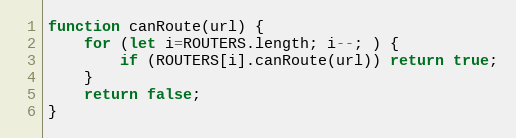
Language: JavaScript
function canRoute(url) {
	for (let i=ROUTERS.length; i--; ) {
		if (ROUTERS[i].canRoute(url)) return true;
	}
	return false;
}